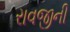
રાવજીની